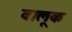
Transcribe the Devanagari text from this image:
वालूक